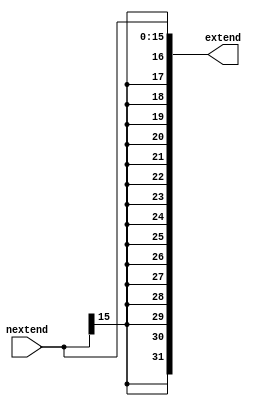
// Course: CSE 401- Computer Architecture
// Term: Winter 2020
// Name: Erika Gutierrez
// ID: 005318270

`timescale 1ns / 1ps

/*  s_extend.v  */

module s_extend(
    input	wire	[15:0] nextend,
    output	reg	[31:0] extend
    );

	always@ *
	  begin
		// Replicate signed bit 16 times then cancatinate
			extend <= {{16{nextend[15]}}, nextend[15:0]};
		end

endmodule